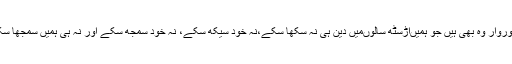
قصوروار وہ بھی ہیں جو ہمیںاڑسٹھ سالوںمیں دین ہی نہ سکھا سکے،نہ خود سیکھ سکے، نہ خود سمجھ سکے اور نہ ہی ہمیں سمجھا سکے۔